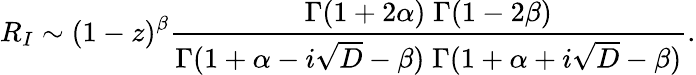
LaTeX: R_{I}\sim(1-z)^{\beta}{\frac{\Gamma(1+2\alpha)\; \Gamma(1-2\beta)}{\Gamma(1+\alpha-i\sqrt{D}-\beta)\; \Gamma(1+\alpha+i\sqrt{D}-\beta)}}.